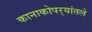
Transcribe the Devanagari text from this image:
कानाकोपर्‍यांतले